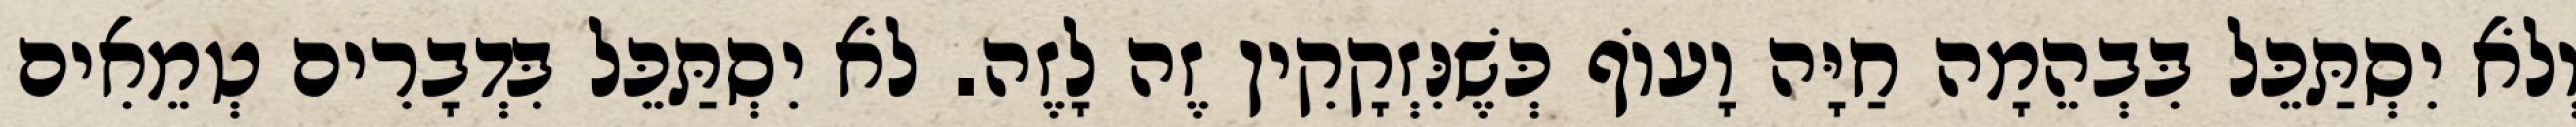
וְלֹא יִסְתַּכֵּל בִּבְהֵמָה חַיָּה וָעוֹף כְּשֶׁנִּזְקָקִין זֶה לָזֶה. לֹא יִסְתַּכֵּל בִּדְבָרִים טְמֵאִים